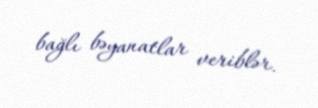
bağlı bəyanatlar veriblər.